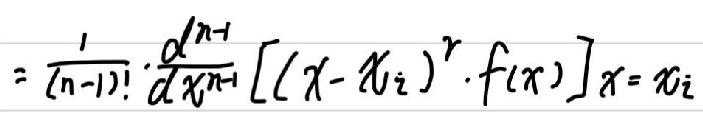
\[
=\frac{1}{(n - 1)!}\cdot\frac{d^{n - 1}}{dx^{n - 1}}[(x - x_i)^r\cdot f(x)]_{x = x_i}
\]